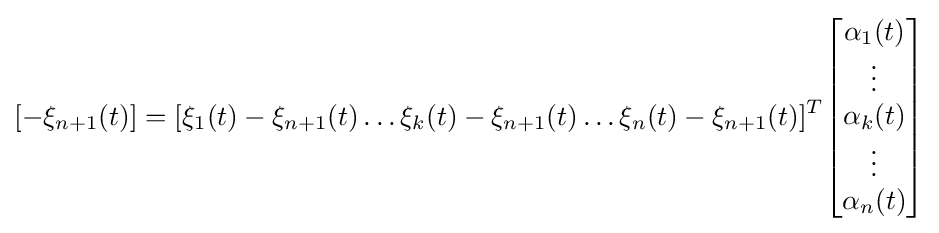
[-\xi _{n+1}(t)]=[\xi _{1}(t)-\xi _{n+1}(t)\dots \xi _{k}(t)-\xi _{n+1}(t)\dots \xi _{n}(t)-\xi _{n+1}(t)]^{T}{\begin{bmatrix}\alpha _{1}(t)\\\vdots \\\alpha _{k}(t)\\\vdots \\\alpha _{n}(t)\end{bmatrix}}